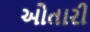
ઓતારી